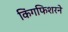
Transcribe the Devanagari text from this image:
किंगफिशरने